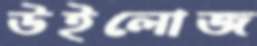
উইলোজ